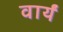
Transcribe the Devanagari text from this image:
वार्यं